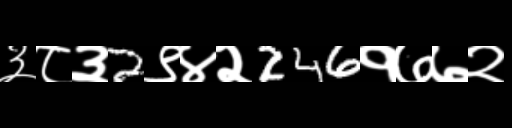
Text: ३८३2९४२246१७७२